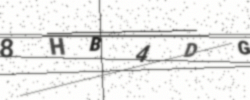
Text: 8HB4DG